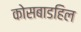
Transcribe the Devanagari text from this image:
कोसबाडहिल